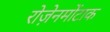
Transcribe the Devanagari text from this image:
रोज़ेनमोंटाक